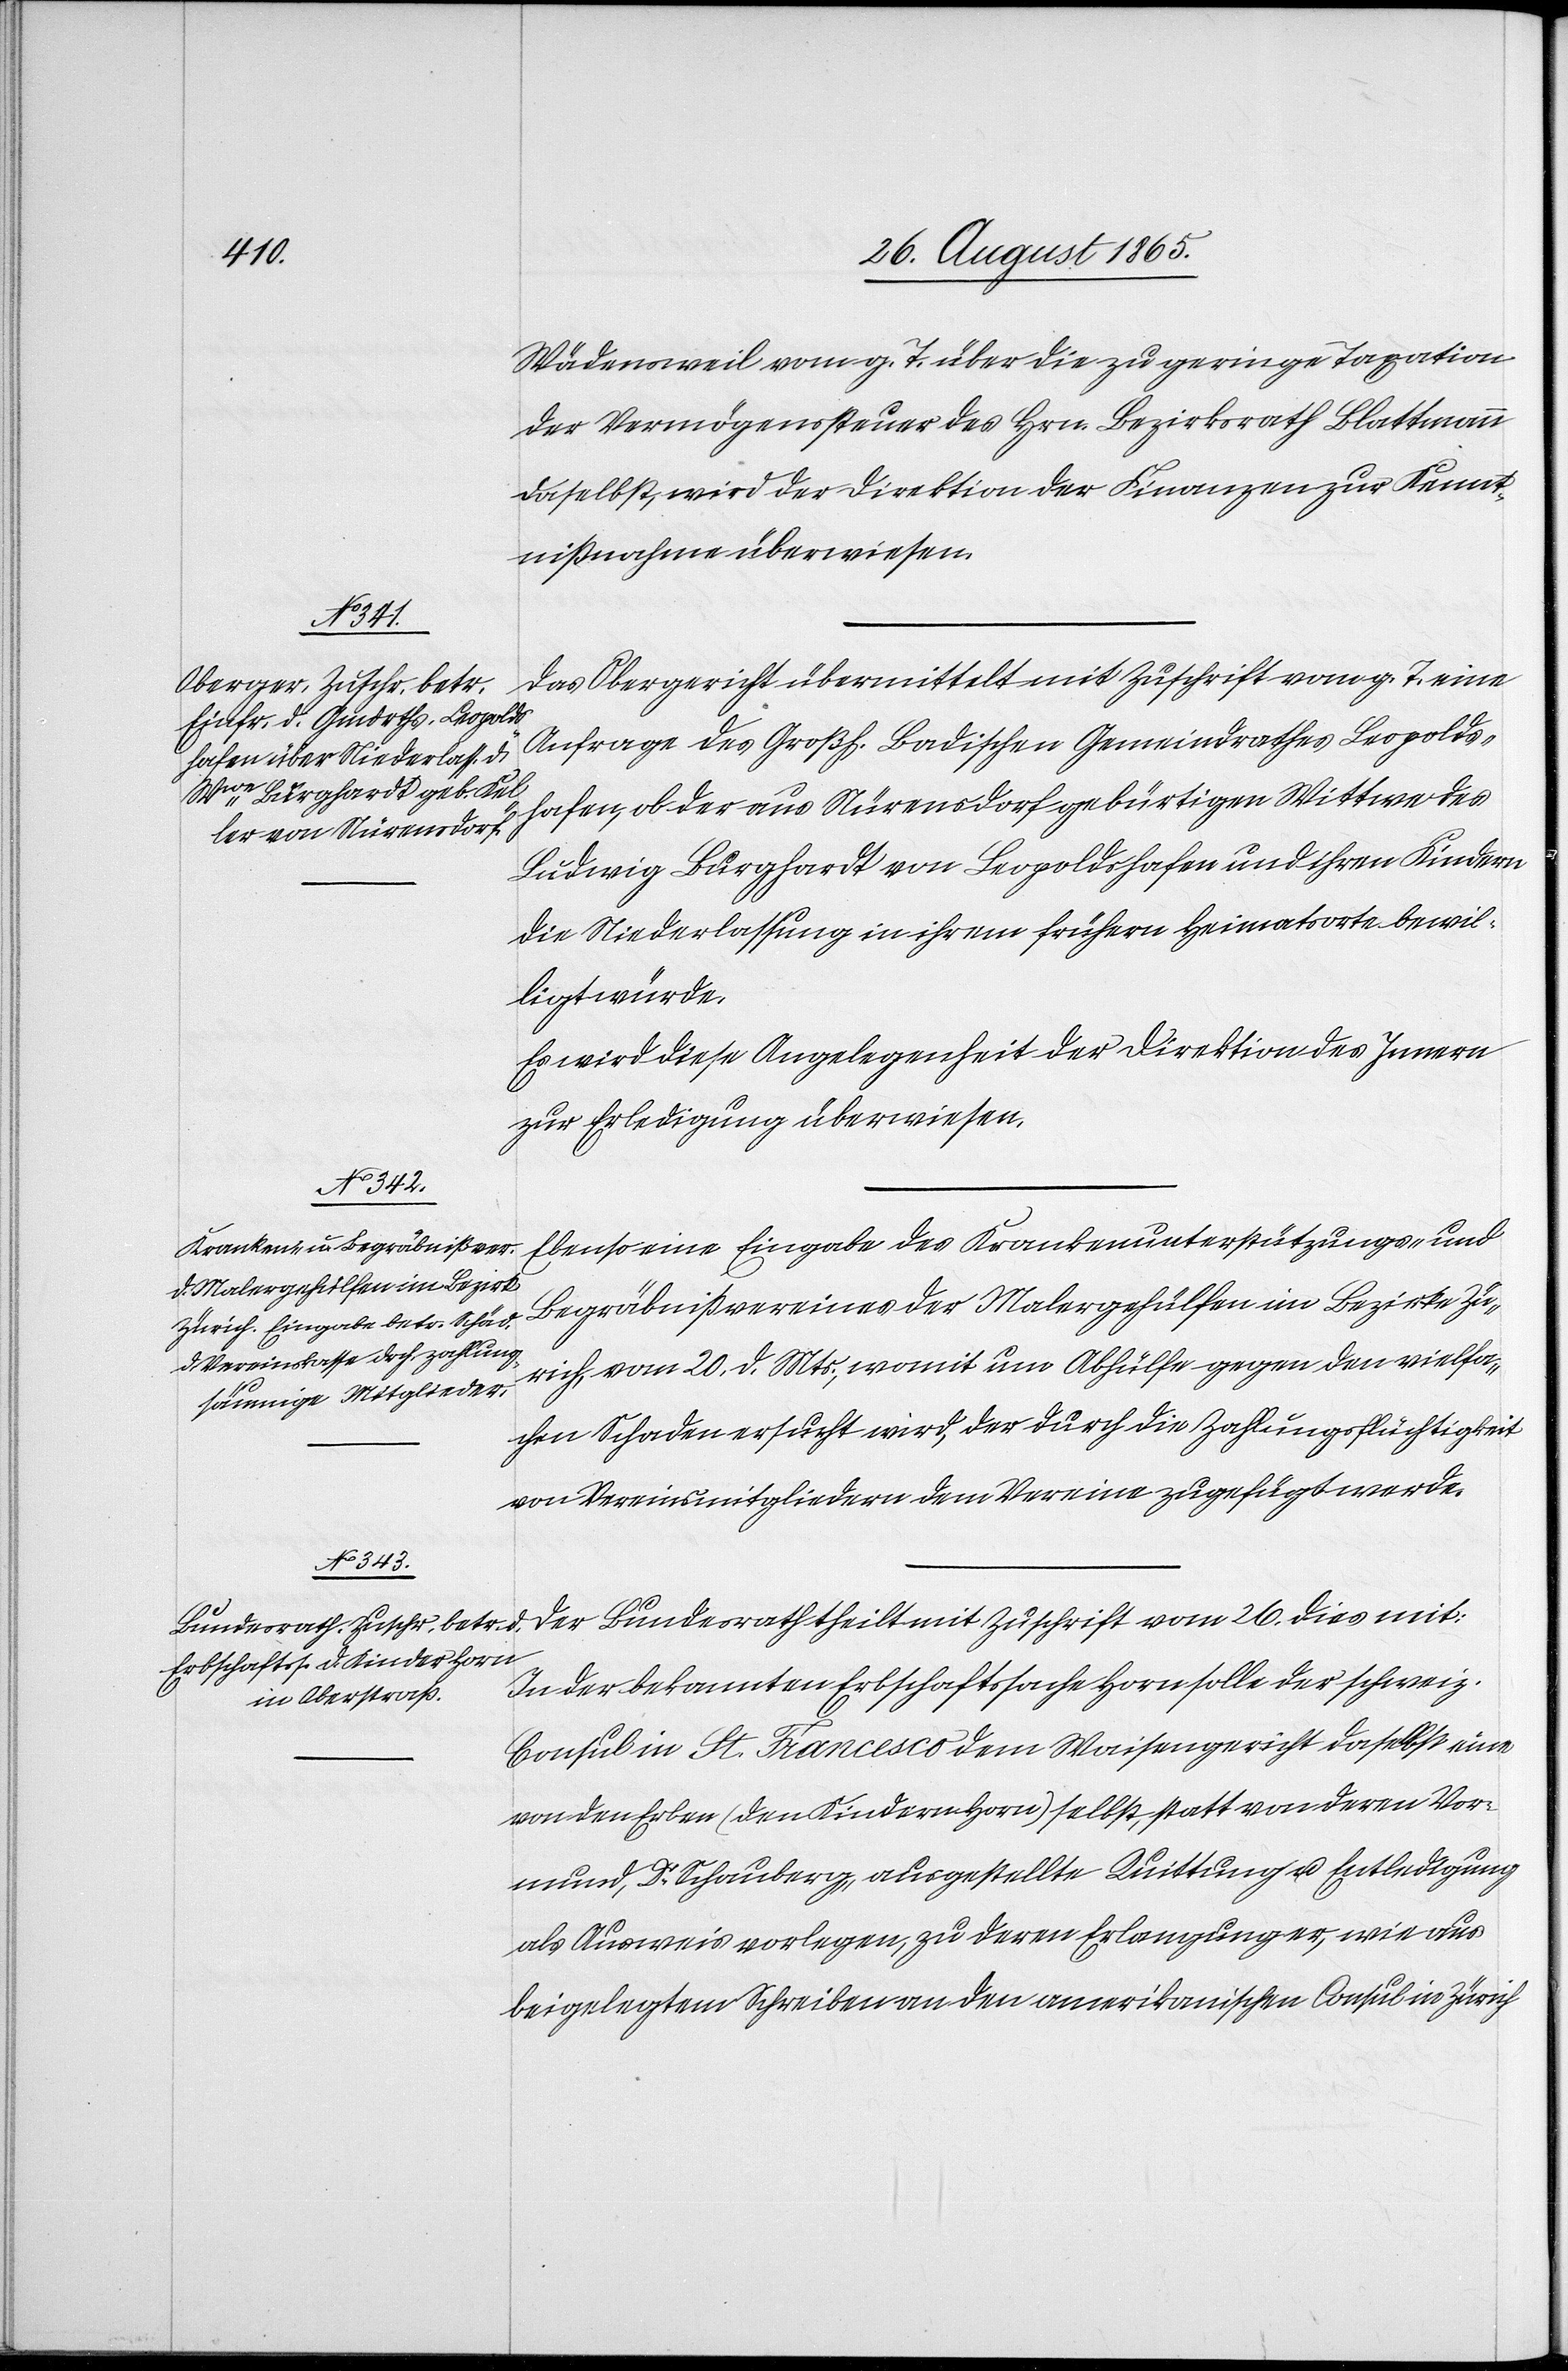
29. August 1865.]
Wädensweil vom g. T. über die zu geringe Taxation
der Vermögenssteuer des Hrn. Bezirksrath Blattmann
daselbst, wird der Direktion der Finanzen zur Kennt¬
nißnahme überwiesen.
Das Obergericht übermittelt mit Zuschrift vom g. T. eine
Anfrage des Großh. Badischen Gemeindrathes Leopolds¬
hafen, ob der aus Nürensdorf gebürtigen Wittwe des
Ludwig Burghardt von Leopoldshafen und ihren Kindern
die Niederlassung in ihrem frühern Heimatsorte bewil¬
ligt würde.
Es wird diese Angelegenheit der Direktion des Innern
zur Erledigung überwiesen.
Ebenso eine Eingabe des Krankenunterstützungs- und
Begräbnißvereines der Malergehülfen im Bezirke Zü¬
rich, vom 20. d. Mts., womit um Abhülfe gegen den vielfa¬
chen Schaden ersucht wird, der durch die Zahlungsflüchtigkeit
von Vereinsmitgliedern dem Vereine zugefügt werde.
Der Bundesrath theilt mit Zuschrift vom 26. dies mit:
In der bekannten Erbschaftssache Horn solle der schweiz.
Consul in St. Francesco dem Waisengericht daselbst eine
von den Erben (den Kindern Horn) selbst, statt von deren Vor¬
mund, Dr Schauberg, ausgestellte Quittung u. Entledigung
als Ausweis vorlegen, zu deren Erlangung er, wie aus
beigelegtem Schreiben an den amerikanischen Consul in Zürich